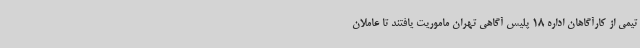
تیمی از کارآگاهان اداره 18 پلیس آگاهی تهران ماموریت یافتند تا عاملان